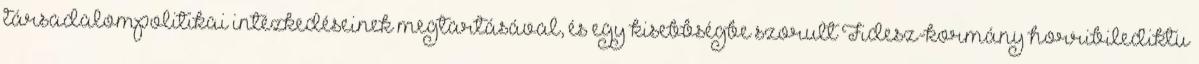
társadalompolitikai intézkedéseinek megtartásával, és egy kisebbségbe szorult Fidesz-kormány horribilediktu